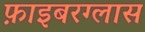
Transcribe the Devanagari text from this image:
फ़ाइबरग्लास